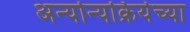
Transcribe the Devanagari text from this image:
अन्योन्यक्रियेच्या